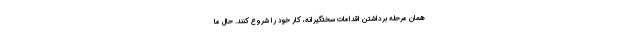
همان مرحله برداشتن اقدامات سختگیرانه، کار خود را شروع کنند. حال ما